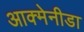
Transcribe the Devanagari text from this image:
आक्मेनीडा